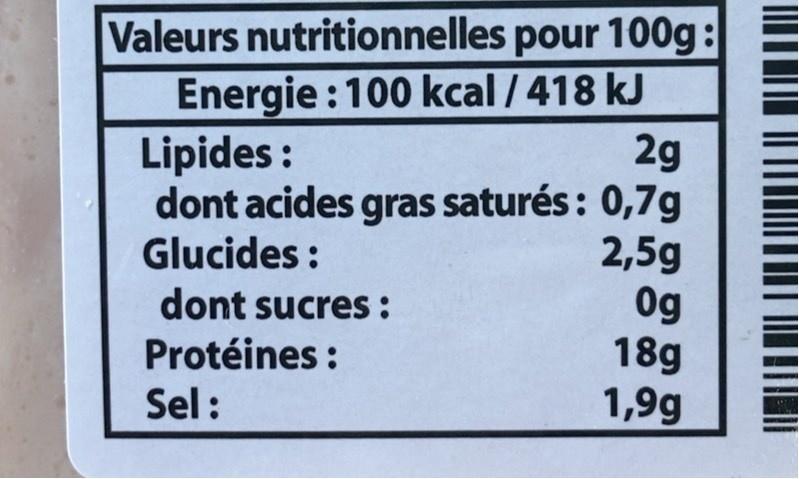
Valeurs nutritionnelles pour 100g: Energie :100 kcal / 418 kJ 2g dont acides gras saturés: 0,7g 2,5g 0g 18g 1,9g
Lipides :
Glucides :
dont sucres:
Protéines :
Sel: